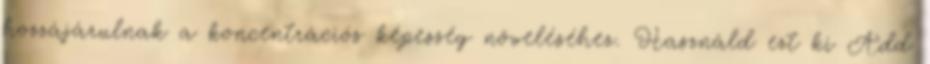
hozzájárulnak a koncentrációs képesség növeléséhez. Használd ezt ki Add